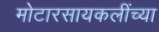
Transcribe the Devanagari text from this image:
मोटारसायकलींच्या